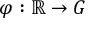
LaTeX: \varphi : \mathbb { R } \rightarrow G